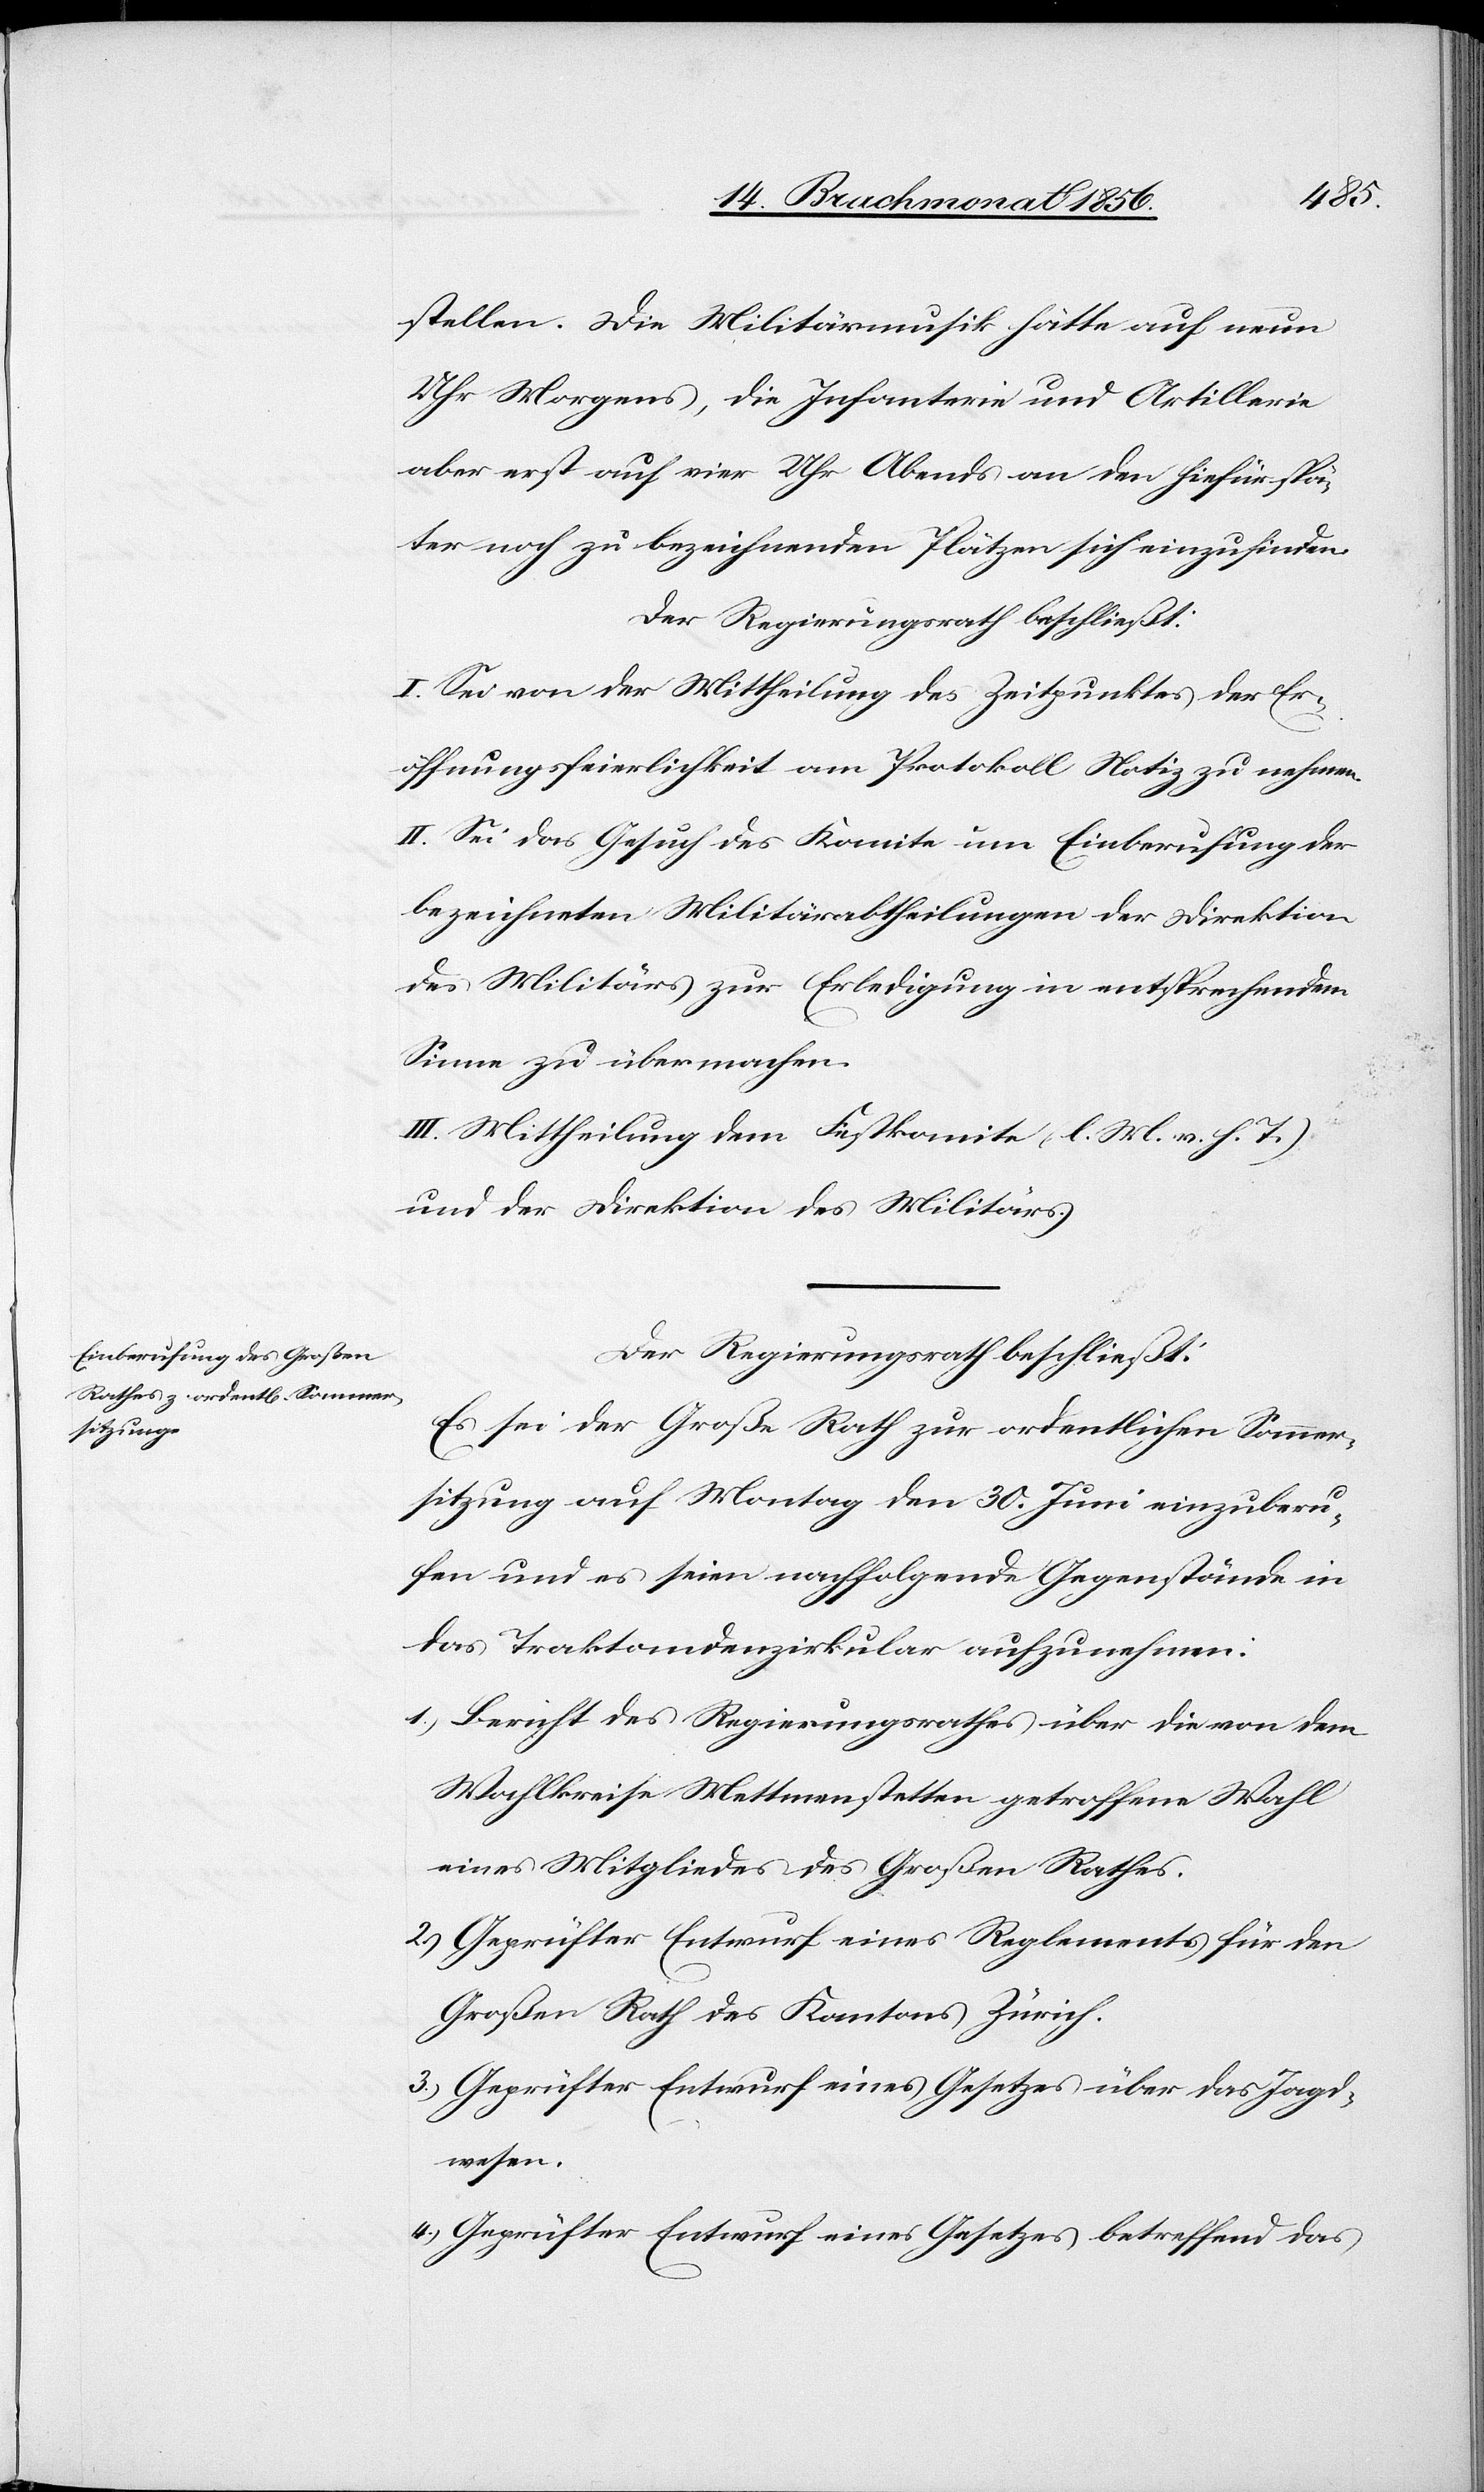
stellen. Die Militärmusik hätte auf neun
Uhr Morgens, die Infanterie und Artillerie
aber erst auf vier Uhr Abends an den hiefür spä¬
ter noch zu bezeichnenden Plätzen sich einzufinden.
Der Regierungsrath beschließt:
I. Sei von der Mittheilung des Zeitpunktes der Er¬
öffnungsfeierlichkeit am Protokoll Notiz zu nehmen.
II. Sei das Gesuch des Komite um Einberufung der
bezeichneten Militärabtheilungen der Direktion
des Militärs zur Erledigung in entsprechendem
Sinne zu übermachen.
III. Mittheilung dem Festkomite (l. M. v. h. T.)
und der Direktion des Militärs.
Der Regierungsrath beschließt:
Es sei der Große Rath zur ordentlichen Sommer¬
sitzung auf Montag den 30. Juni einzuberu¬
fen und es seien nachfolgende Gegenstände in
das Traktandenzirkular aufzunehmen:
1.) Bericht des Regierungsrathes über die von dem
Wahlkreise Mettmenstetten getroffene Wahl
eines Mitgliedes des Großen Rathes.
2.) Geprüfter Entwurf eines Reglements für den
Großen Rath des Kantons Zürich.
3.) Geprüfter Entwurf eines Gesetzes über das Jadg¬
wesen.
4.) Geprüfter Entwurf eines Gesetzes betreffend das